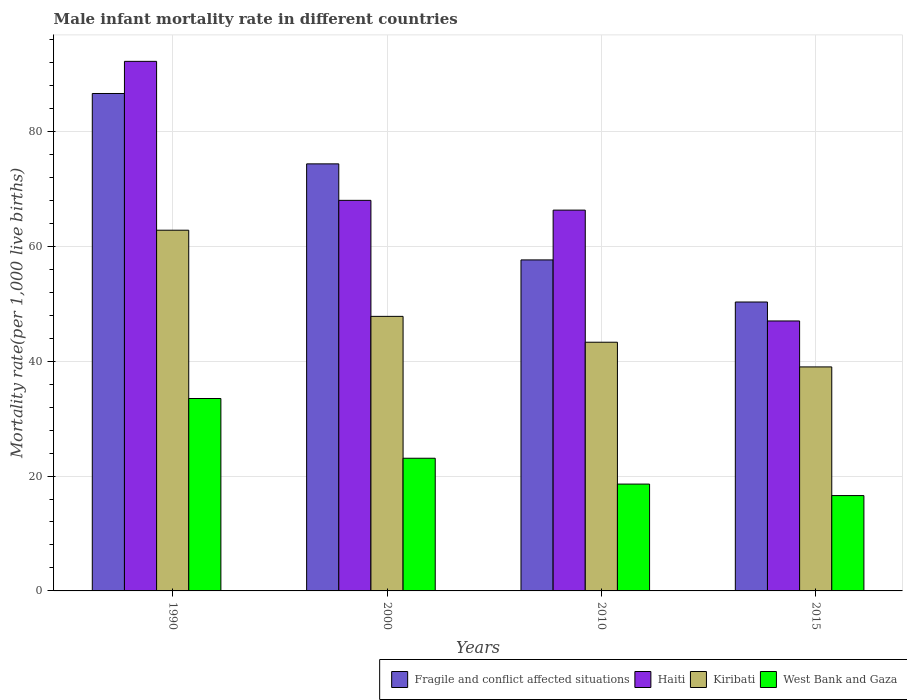
| Years | Fragile and conflict affected situations | Haiti | Kiribati | West Bank and Gaza |
 | --- | --- | --- | --- | --- |
 | 1990 | 86.6 | 92.2 | 62.8 | 33.5 |
 | 2000 | 74.4 | 68 | 47.8 | 23.1 |
 | 2010 | 57.6 | 66.3 | 43.3 | 18.6 |
 | 2015 | 50.3 | 47 | 39 | 16.6 |